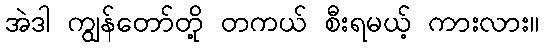
အဲဒါ ကျွန်တော်တို့ တကယ် စီးရမယ့် ကားလား။